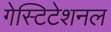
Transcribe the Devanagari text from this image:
गेस्टिटेशनल